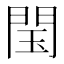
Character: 閠